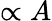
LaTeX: \propto A